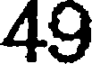
49